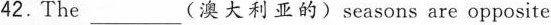
42.The ___ (澳大利亚的)seasons are opposite